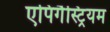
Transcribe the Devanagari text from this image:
एपिगैस्ट्रियम